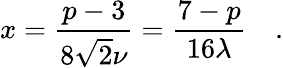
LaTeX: x=\frac{p-3}{8\sqrt{2}\nu}=\frac{7-p}{16\lambda}\quad.